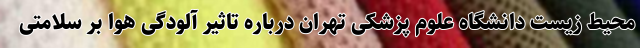
محیط زیست دانشگاه علوم پزشکی تهران درباره تاثیر آلودگی هوا بر سلامتی